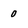
Character: 0